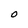
Character: O